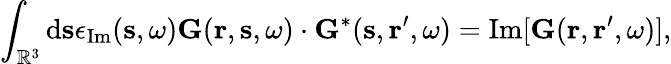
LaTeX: \int_{\mathbb{R}^{3}}\mathrm{d}\mathbf{s}\epsilon_{\mathrm{Im}}(\mathbf{s},\omega)\mathbf{G}(\mathbf{r},\mathbf{s},\omega)\cdot\mathbf{G}^{*}(\mathbf{s},\mathbf{r}^{\prime},\omega)=\mathrm{Im}[\mathbf{G}(\mathbf{r},\mathbf{r}^{\prime},\omega)],